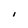
Character: I